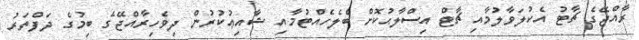
ރާއްޖޭގެ ޗާޓު އެކުލަވާލުމާއި ޗާޓް އިސްލާޙުކޮށް ބެލެހެއްޓުމާއި ޝާއިޢުކުރުން ދިވެހިރާއްޖޭގެ ބިމުގެ ދަފްތަރު